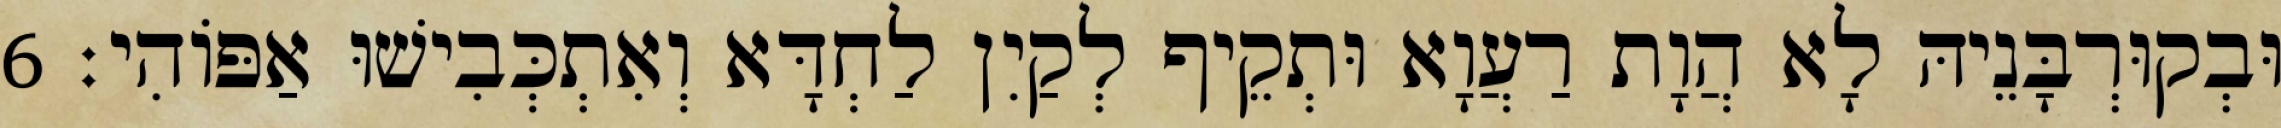
וּבְקוּרְבָּנֵיהּ לָא הֲוָת רַעֲוָא וּתְקֵיף לְקַיִן לַחְדָּא וְאִתְכְּבִישׁוּ אַפּוֹהִי׃ 6